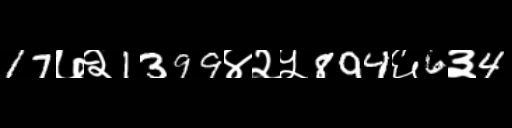
Text: 17७२1399४२५894६6३4